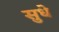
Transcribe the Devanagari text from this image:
सुधे